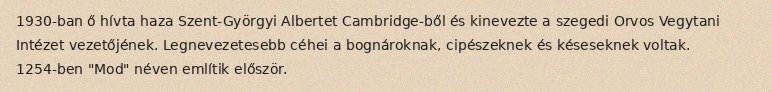
1930-ban ő hívta haza Szent-Györgyi Albertet Cambridge-ből és kinevezte a szegedi Orvos Vegytani Intézet vezetőjének. Legnevezetesebb céhei a bognároknak, cipészeknek és késeseknek voltak. 1254-ben "Mod" néven említik először.